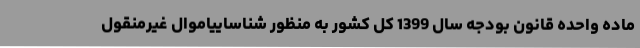
ماده واحده قانون بودجه سال 1399 کل کشور به منظور شناساییاموال غیرمنقول